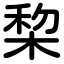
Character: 棃